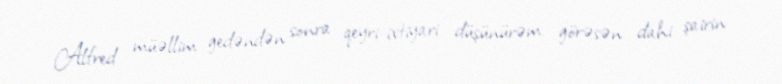
Alfred müəllim gedəndən sonra qeyri-ixtiyari düşünürəm: görəsən dahi şairin